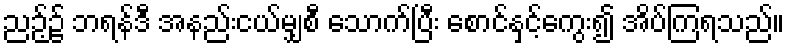
ညဉ့်၌ ဘရန်ဒီ အနည်းငယ်မျှစီ သောက်ပြီး စောင်နှင့်ကွေး၍ အိပ်ကြရသည်။